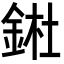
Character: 𨧀